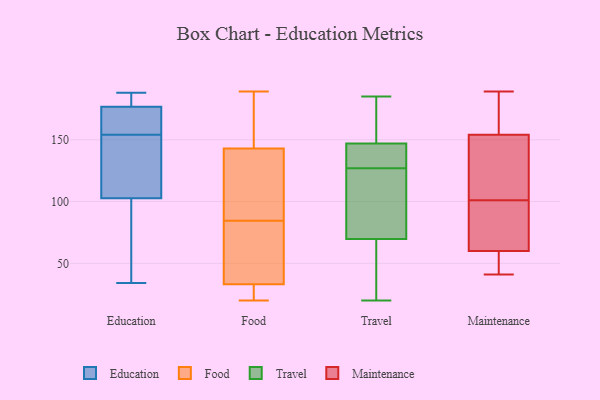
{"axis": {"x": "Market Share (%)", "y": "Value"}, "legend": ["Education", "Food", "Maintenance", "Travel"], "data": [{"x": "", "y": 176, "type": "Education"}, {"x": "", "y": 49, "type": "Education"}, {"x": "", "y": 154, "type": "Education"}, {"x": "", "y": 176, "type": "Education"}, {"x": "", "y": 179, "type": "Education"}, {"x": "", "y": 154, "type": "Education"}, {"x": "", "y": 34, "type": "Education"}, {"x": "", "y": 188, "type": "Education"}, {"x": "", "y": 81, "type": "Education"}, {"x": "", "y": 188, "type": "Education"}, {"x": "", "y": 130, "type": "Education"}, {"x": "", "y": 153, "type": "Education"}, {"x": "", "y": 110, "type": "Education"}, {"x": "", "y": 45, "type": "Food"}, {"x": "", "y": 33, "type": "Food"}, {"x": "", "y": 118, "type": "Food"}, {"x": "", "y": 138, "type": "Food"}, {"x": "", "y": 162, "type": "Food"}, {"x": "", "y": 100, "type": "Food"}, {"x": "", "y": 62, "type": "Food"}, {"x": "", "y": 69, "type": "Food"}, {"x": "", "y": 143, "type": "Food"}, {"x": "", "y": 158, "type": "Food"}, {"x": "", "y": 20, "type": "Food"}, {"x": "", "y": 35, "type": "Food"}, {"x": "", "y": 25, "type": "Food"}, {"x": "", "y": 189, "type": "Food"}, {"x": "", "y": 104, "type": "Food"}, {"x": "", "y": 162, "type": "Food"}, {"x": "", "y": 31, "type": "Food"}, {"x": "", "y": 21, "type": "Food"}, {"x": "", "y": 69, "type": "Travel"}, {"x": "", "y": 64, "type": "Travel"}, {"x": "", "y": 135, "type": "Travel"}, {"x": "", "y": 20, "type": "Travel"}, {"x": "", "y": 150, "type": "Travel"}, {"x": "", "y": 111, "type": "Travel"}, {"x": "", "y": 162, "type": "Travel"}, {"x": "", "y": 138, "type": "Travel"}, {"x": "", "y": 137, "type": "Travel"}, {"x": "", "y": 45, "type": "Travel"}, {"x": "", "y": 72, "type": "Travel"}, {"x": "", "y": 127, "type": "Travel"}, {"x": "", "y": 90, "type": "Travel"}, {"x": "", "y": 162, "type": "Travel"}, {"x": "", "y": 185, "type": "Travel"}, {"x": "", "y": 188, "type": "Maintenance"}, {"x": "", "y": 72, "type": "Maintenance"}, {"x": "", "y": 95, "type": "Maintenance"}, {"x": "", "y": 90, "type": "Maintenance"}, {"x": "", "y": 136, "type": "Maintenance"}, {"x": "", "y": 41, "type": "Maintenance"}, {"x": "", "y": 155, "type": "Maintenance"}, {"x": "", "y": 180, "type": "Maintenance"}, {"x": "", "y": 162, "type": "Maintenance"}, {"x": "", "y": 103, "type": "Maintenance"}, {"x": "", "y": 83, "type": "Maintenance"}, {"x": "", "y": 101, "type": "Maintenance"}, {"x": "", "y": 151, "type": "Maintenance"}, {"x": "", "y": 117, "type": "Maintenance"}, {"x": "", "y": 56, "type": "Maintenance"}, {"x": "", "y": 42, "type": "Maintenance"}, {"x": "", "y": 44, "type": "Maintenance"}, {"x": "", "y": 189, "type": "Maintenance"}, {"x": "", "y": 42, "type": "Maintenance"}]}